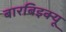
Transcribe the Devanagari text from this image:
बारबिइक्यू